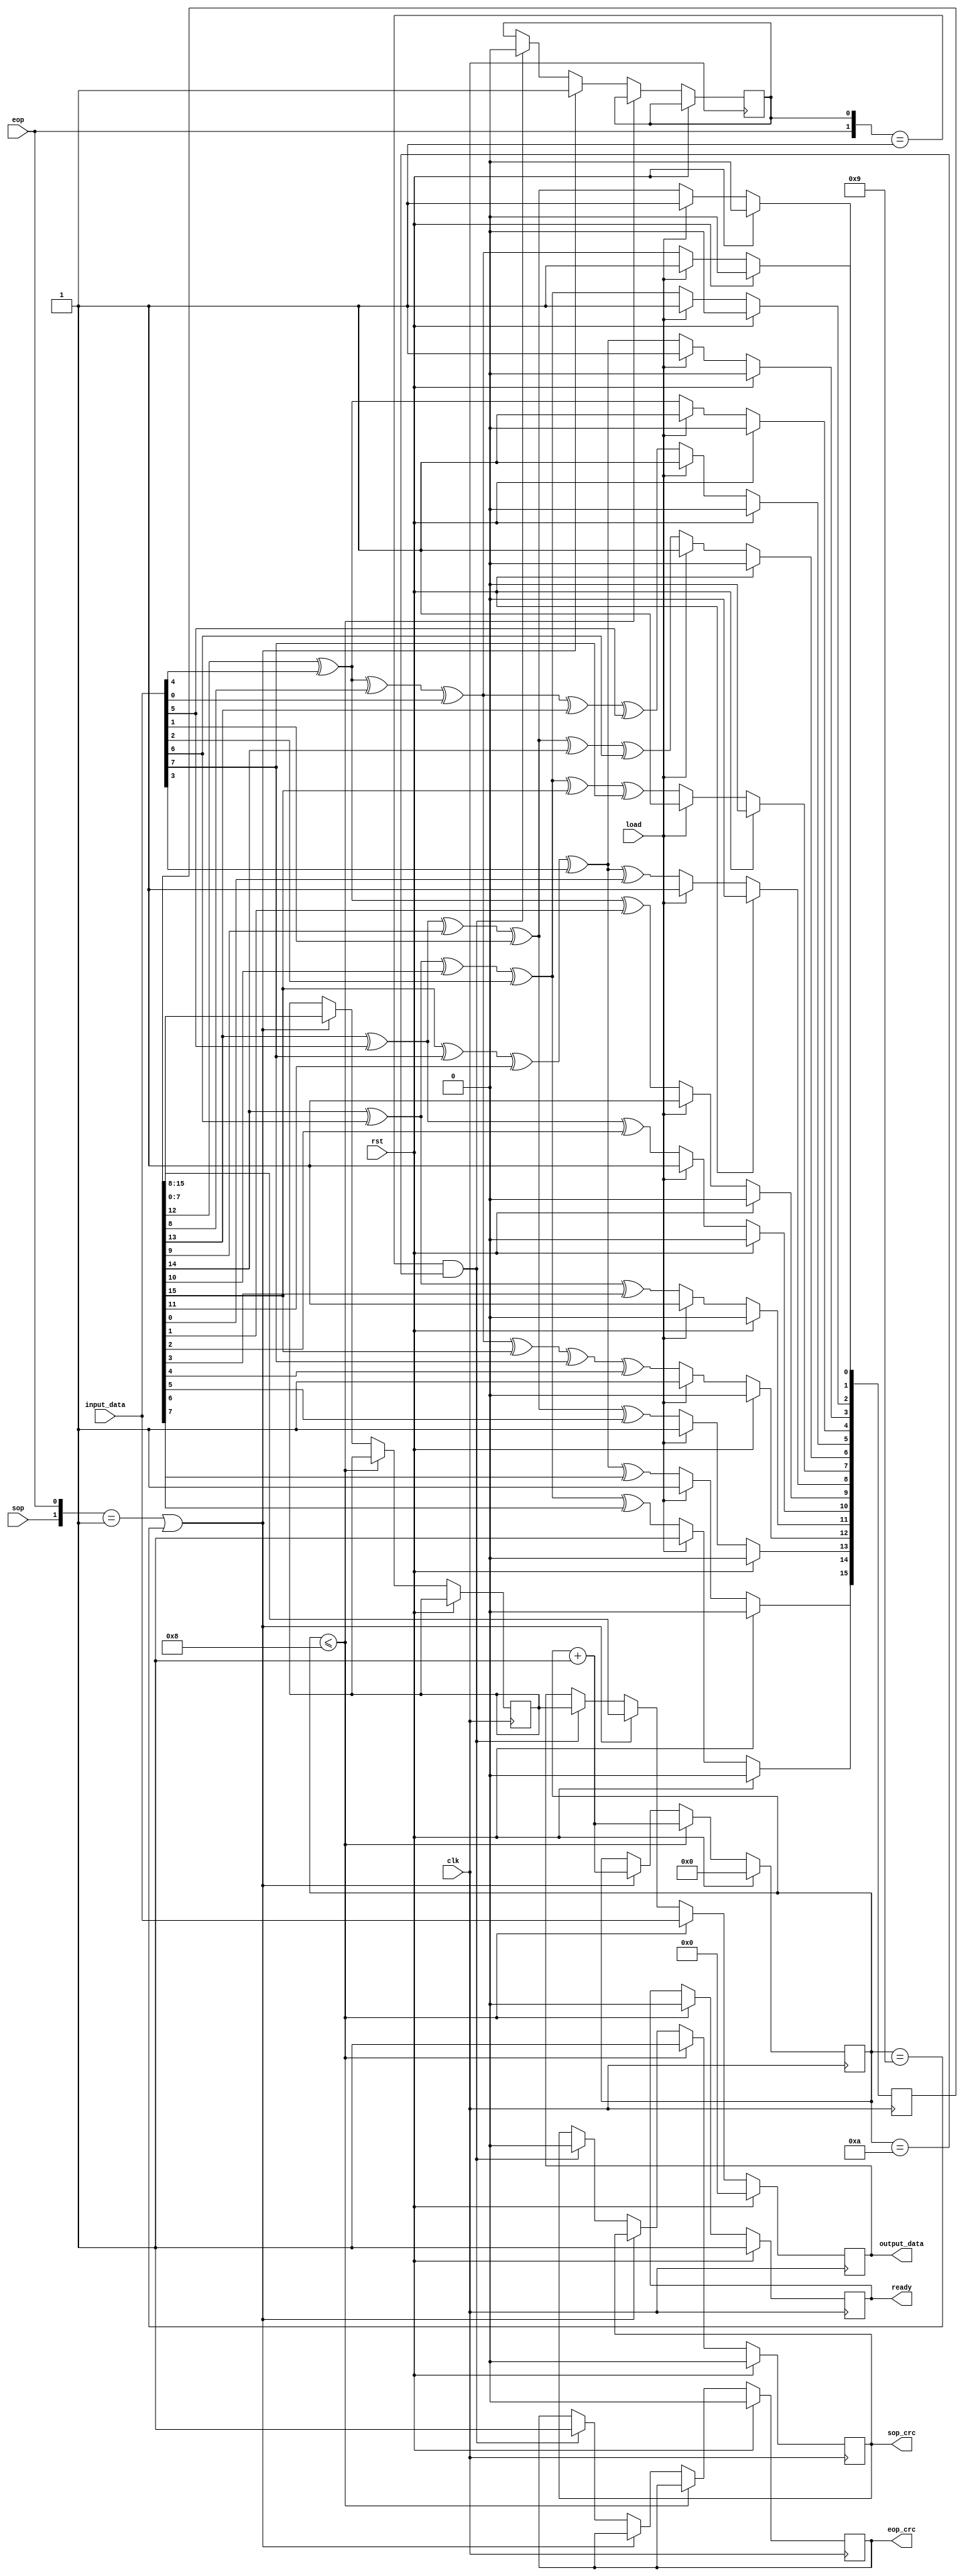
module Linear_shift(clk,rst,load,input_data,output_data,sop,eop,ready,sop_crc,eop_crc);
input clk,rst,load,sop,eop;
input [7:0] input_data;
output reg ready,sop_crc,eop_crc;
output reg [7:0] output_data;
reg [15:0] CRC_reg;
reg [3:0] count, count_out;
reg eop_pre,sop_crc_pre;
reg [7:0] output_reg_pre;
always@(posedge clk)
begin
if(rst)
begin
CRC_reg<=0;
end
else if(load )
CRC_reg<=16'hffff;
else 
begin
CRC_reg[0]<=CRC_reg[12]^input_data[4]^CRC_reg[8]^input_data[0];
CRC_reg[1]<=CRC_reg[13]^input_data[5]^CRC_reg[9]^input_data[1];
CRC_reg[2]<=CRC_reg[14]^input_data[6]^CRC_reg[10]^input_data[2];
CRC_reg[3]<=CRC_reg[15]^input_data[7]^CRC_reg[11]^input_data[3];
CRC_reg[4]<=CRC_reg[12]^input_data[4];
CRC_reg[5]<=CRC_reg[12]^input_data[4]^CRC_reg[8]^input_data[0]^CRC_reg[13]^input_data[5];
CRC_reg[6] <=CRC_reg[13]^input_data[5]^CRC_reg[9]^input_data[1]^CRC_reg[14]^input_data[6];
CRC_reg[7]<=CRC_reg[14]^input_data[6]^CRC_reg[10]^input_data[2]^CRC_reg[15]^input_data[7];
CRC_reg[8]<=CRC_reg[15]^input_data[7]^CRC_reg[11]^input_data[3]^CRC_reg[0];
CRC_reg[9]<=CRC_reg[12]^input_data[4]^CRC_reg[1];
CRC_reg[10]<=CRC_reg[13]^input_data[5]^CRC_reg[2];
CRC_reg[11]<=CRC_reg[14]^input_data[6]^CRC_reg[3];
CRC_reg[12]<=CRC_reg[12]^input_data[4]^CRC_reg[8]^input_data[0]^CRC_reg[15]^input_data[7]^CRC_reg[4];
CRC_reg[13]<=CRC_reg[13]^input_data[5]^CRC_reg[9]^input_data[1]^CRC_reg[5];
CRC_reg[14]<=CRC_reg[14]^input_data[6]^CRC_reg[10]^input_data[2]^CRC_reg[6];
CRC_reg[15]<=CRC_reg[15]^input_data[7]^CRC_reg[11]^input_data[3]^CRC_reg[7];
end
end
always@(posedge clk)
begin
if(rst)
begin
count<=0;
output_data<=0;
ready<=1'b1;
sop_crc<=0;
eop_crc<=0;
end
else if( count<=4'h8)//{sop,eop}==2'b10 && {sop,eop}==2'b11 ||
begin
output_data<=input_data;
sop_crc<=1'b1;
ready<=1'b0;
count<=count+1;
end
else if ({sop,eop}==2'b01 || count==4'h9)
begin
output_data<=CRC_reg[15:8];
eop_pre<=1'b1;
output_reg_pre<=CRC_reg[7:0];
count<=count+1;
end
else if({eop,eop_pre}==2'b01 && count==4'ha)
begin
output_data<=output_reg_pre;
eop_pre<=1'b0;
sop_crc<=1'b0;
eop_crc<=1'b1;
count<=count;
end
end

endmodule